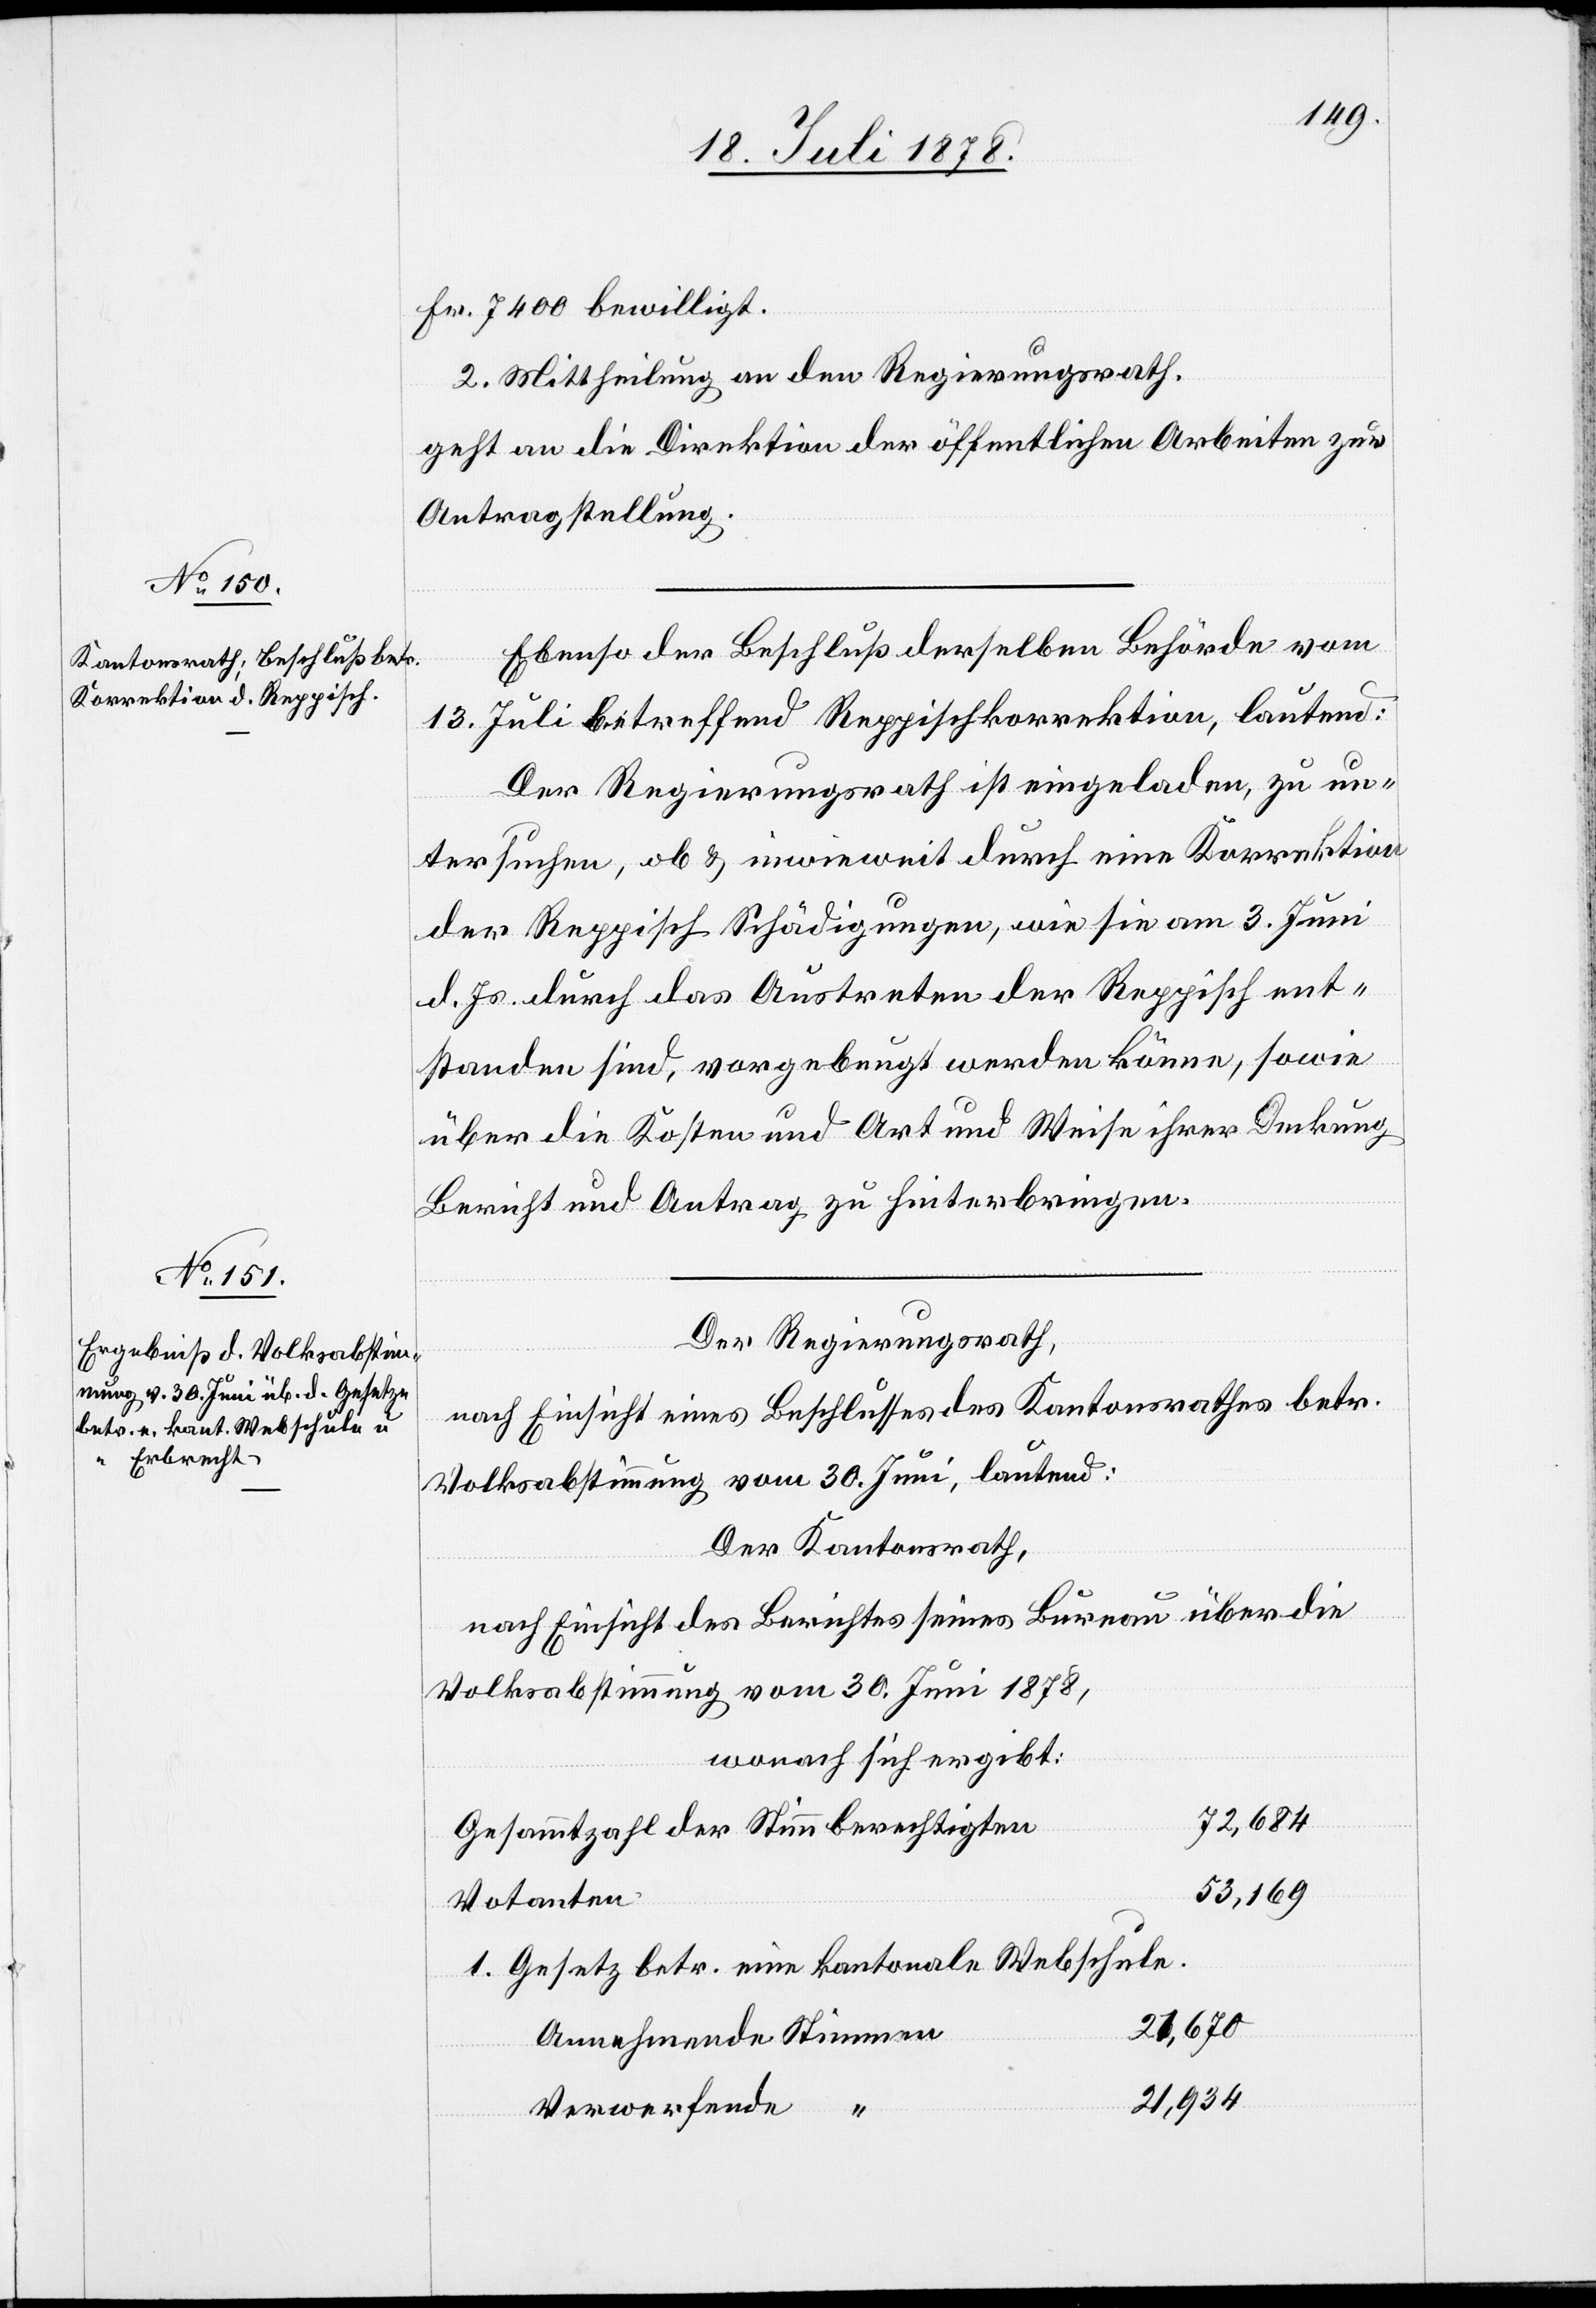
Fr. 4700 bewilligt.
2. Mittheilung an den Regierungsrath.
geht an die Direktion der öffentlichen Arbeiten zur
Antragstellung.
Ebenso der Beschluß derselben Behörde vom
13. Juli betreffend Reppischkorrektion, lautend:
Der Regierungsrath ist eingeladen, zu un¬
tersuchen, ob & inwieweit durch eine Korrektion
der Reppisch Schädigungen, wie sie am 3. Juni
d. Js. durch das Austreten der Reppisch ent¬
standen sind, vorgebeugt werden könne, sowie
über die Kosten und Art und Weise ihrer Deckung
Bericht und Antrag zu hinterbringen.
Der Regierungsrath,
nach Einsicht eines Beschlusses des Kantonsrathes betr.
Volksabstimmung vom 30. Juni, lautend:
Der Kantonsrath,
nach Einsicht des Berichtes seines Bureau über die
Volksabstimmung vom 30. Juni 1878,
wonach sich ergibt:
72,684
Gesammtzahl der Stimmberechtigten
53,169
Votanten
1. Gesetz betr. eine kantonale Webschule.
26,670
Annehmende Stimmen
21,934
Verwerfende “